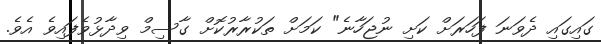
ގައިގައި ދެވަނަ ފަހަރަށް ކަށި ނުޖަހާނެ" ކަމަށް ތަކުރާރުކޮށް ގާސިމް ވިދާޅުވެފައިވެ އެވެ.